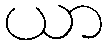
ယာ